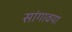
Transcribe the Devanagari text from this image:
सांगावया